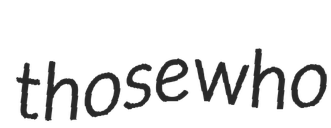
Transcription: those who